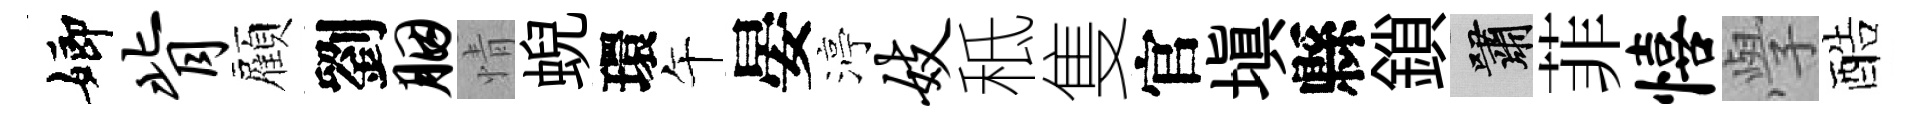
嫏背顏劉胭情蜺環午晏渟妓秪隻官塡縣鎖嘯菲僖𭓕酷